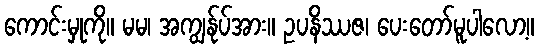
ကောင်းမှုကို။ မမ၊ အကျွန်ုပ်အား။ ဥပနိဿဇ၊ ပေးတော်မူပါလော့။